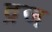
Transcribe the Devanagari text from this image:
द्रज